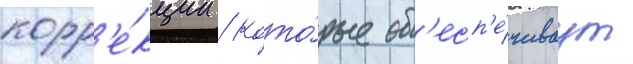
корр'е́кции / кото́рые об'есп'е́чиваут